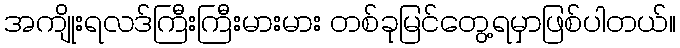
အကျိုးရလဒ်ကြီးကြီးမားမား တစ်ခုမြင်တွေ့ရမှာဖြစ်ပါတယ်။